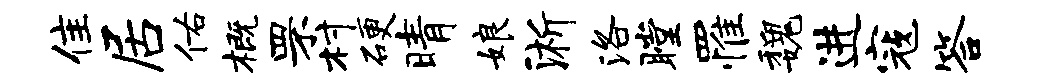
隹居佑概罘村硬晴娘淅洛瞠罹魏进寇答